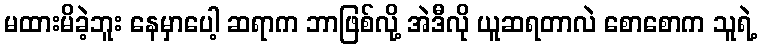
မထားမိခဲ့ဘူး နေမှာပေါ့ ဆရာက ဘာဖြစ်လို့ အဲဒီလို ယူဆရတာလဲ စောစောက သူရဲ့